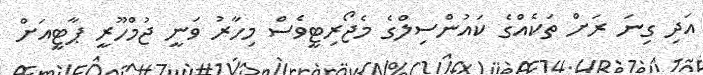
އަދި ގިނަ ރަށް ތަކެއްގެ ކައުންސިލްގެ މެޖޯރިޓީވެސް މިހާރު ވަނީ ޖުމްހޫރީ ޕާޓީއަށް